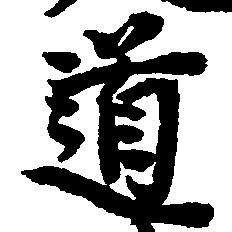
道